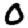
Digit: 0